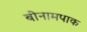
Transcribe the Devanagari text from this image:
बोनामपाक